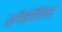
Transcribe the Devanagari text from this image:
उनिवेर्सितेतो